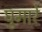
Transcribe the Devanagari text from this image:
घुमारे